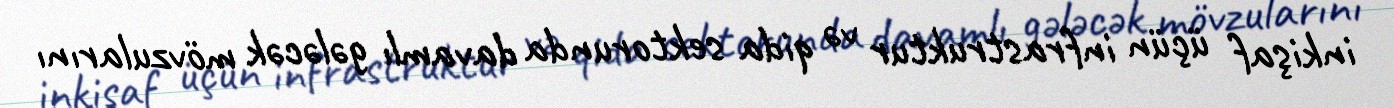
inkişaf üçün infrastruktur və qida sektorunda davamlı gələcək mövzularını